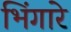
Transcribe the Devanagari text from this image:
भिंगारे